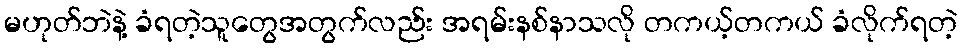
မဟုတ်ဘဲနဲ့ ခံရတဲ့သူတွေအတွက်လည်း အရမ်းနစ်နာသလို တကယ့်တကယ် ခံလိုက်ရတဲ့